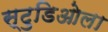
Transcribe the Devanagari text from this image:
स्टुडिओला